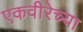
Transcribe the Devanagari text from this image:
एकवीरेच्या